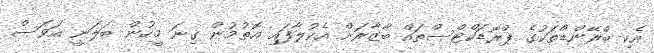
އެކި ބްރޭންޑްތަކުގެ ޕްރޮޑަކްޓްސްތައް ބާޒާރަށް އެކުލާފައި އޮތުމުން ގިނަ މީހުން ބަލަނީ އަވަސް